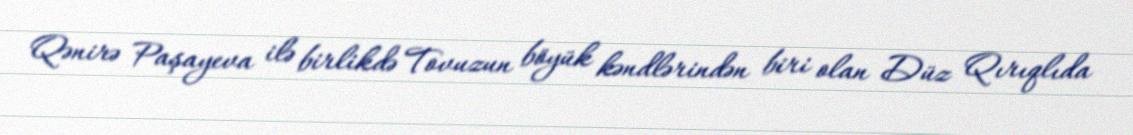
Qənirə Paşayeva ilə birlikdə Tovuzun böyük kəndlərindən biri olan Düz Qırıqlıda